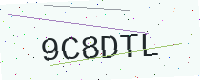
Text: 9C8DTL